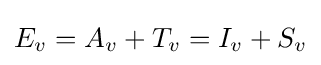
E_{v}=A_{v}+T_{v}=I_{v}+S_{v}